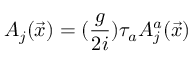
A _ { j } ( \vec { x } ) = ( \frac { g } { 2 i } ) \tau _ { a } A _ { j } ^ { a } ( \vec { x } )